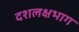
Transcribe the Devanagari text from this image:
दशलक्षभाग